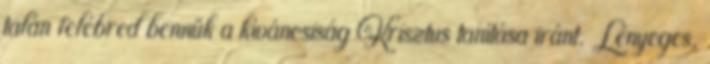
talán felébred bennük a kíváncsiság Krisztus tanítása iránt. Lényeges,